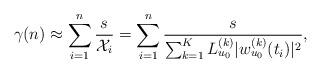
LaTeX: \begin{align*}\gamma(n) &\approx \sum_{i=1}^{n}\frac{s}{\mathcal{X}_i } = \sum_{i=1}^{n}\frac{s}{\sum_{k=1}^{K} L_{u_0}^{(k)} |w_{u_0}^{(k)} (t_i) |^2},\end{align*}